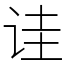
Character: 诖